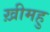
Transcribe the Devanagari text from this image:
ख़ीमहु